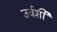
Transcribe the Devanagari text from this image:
उर्वर्शी